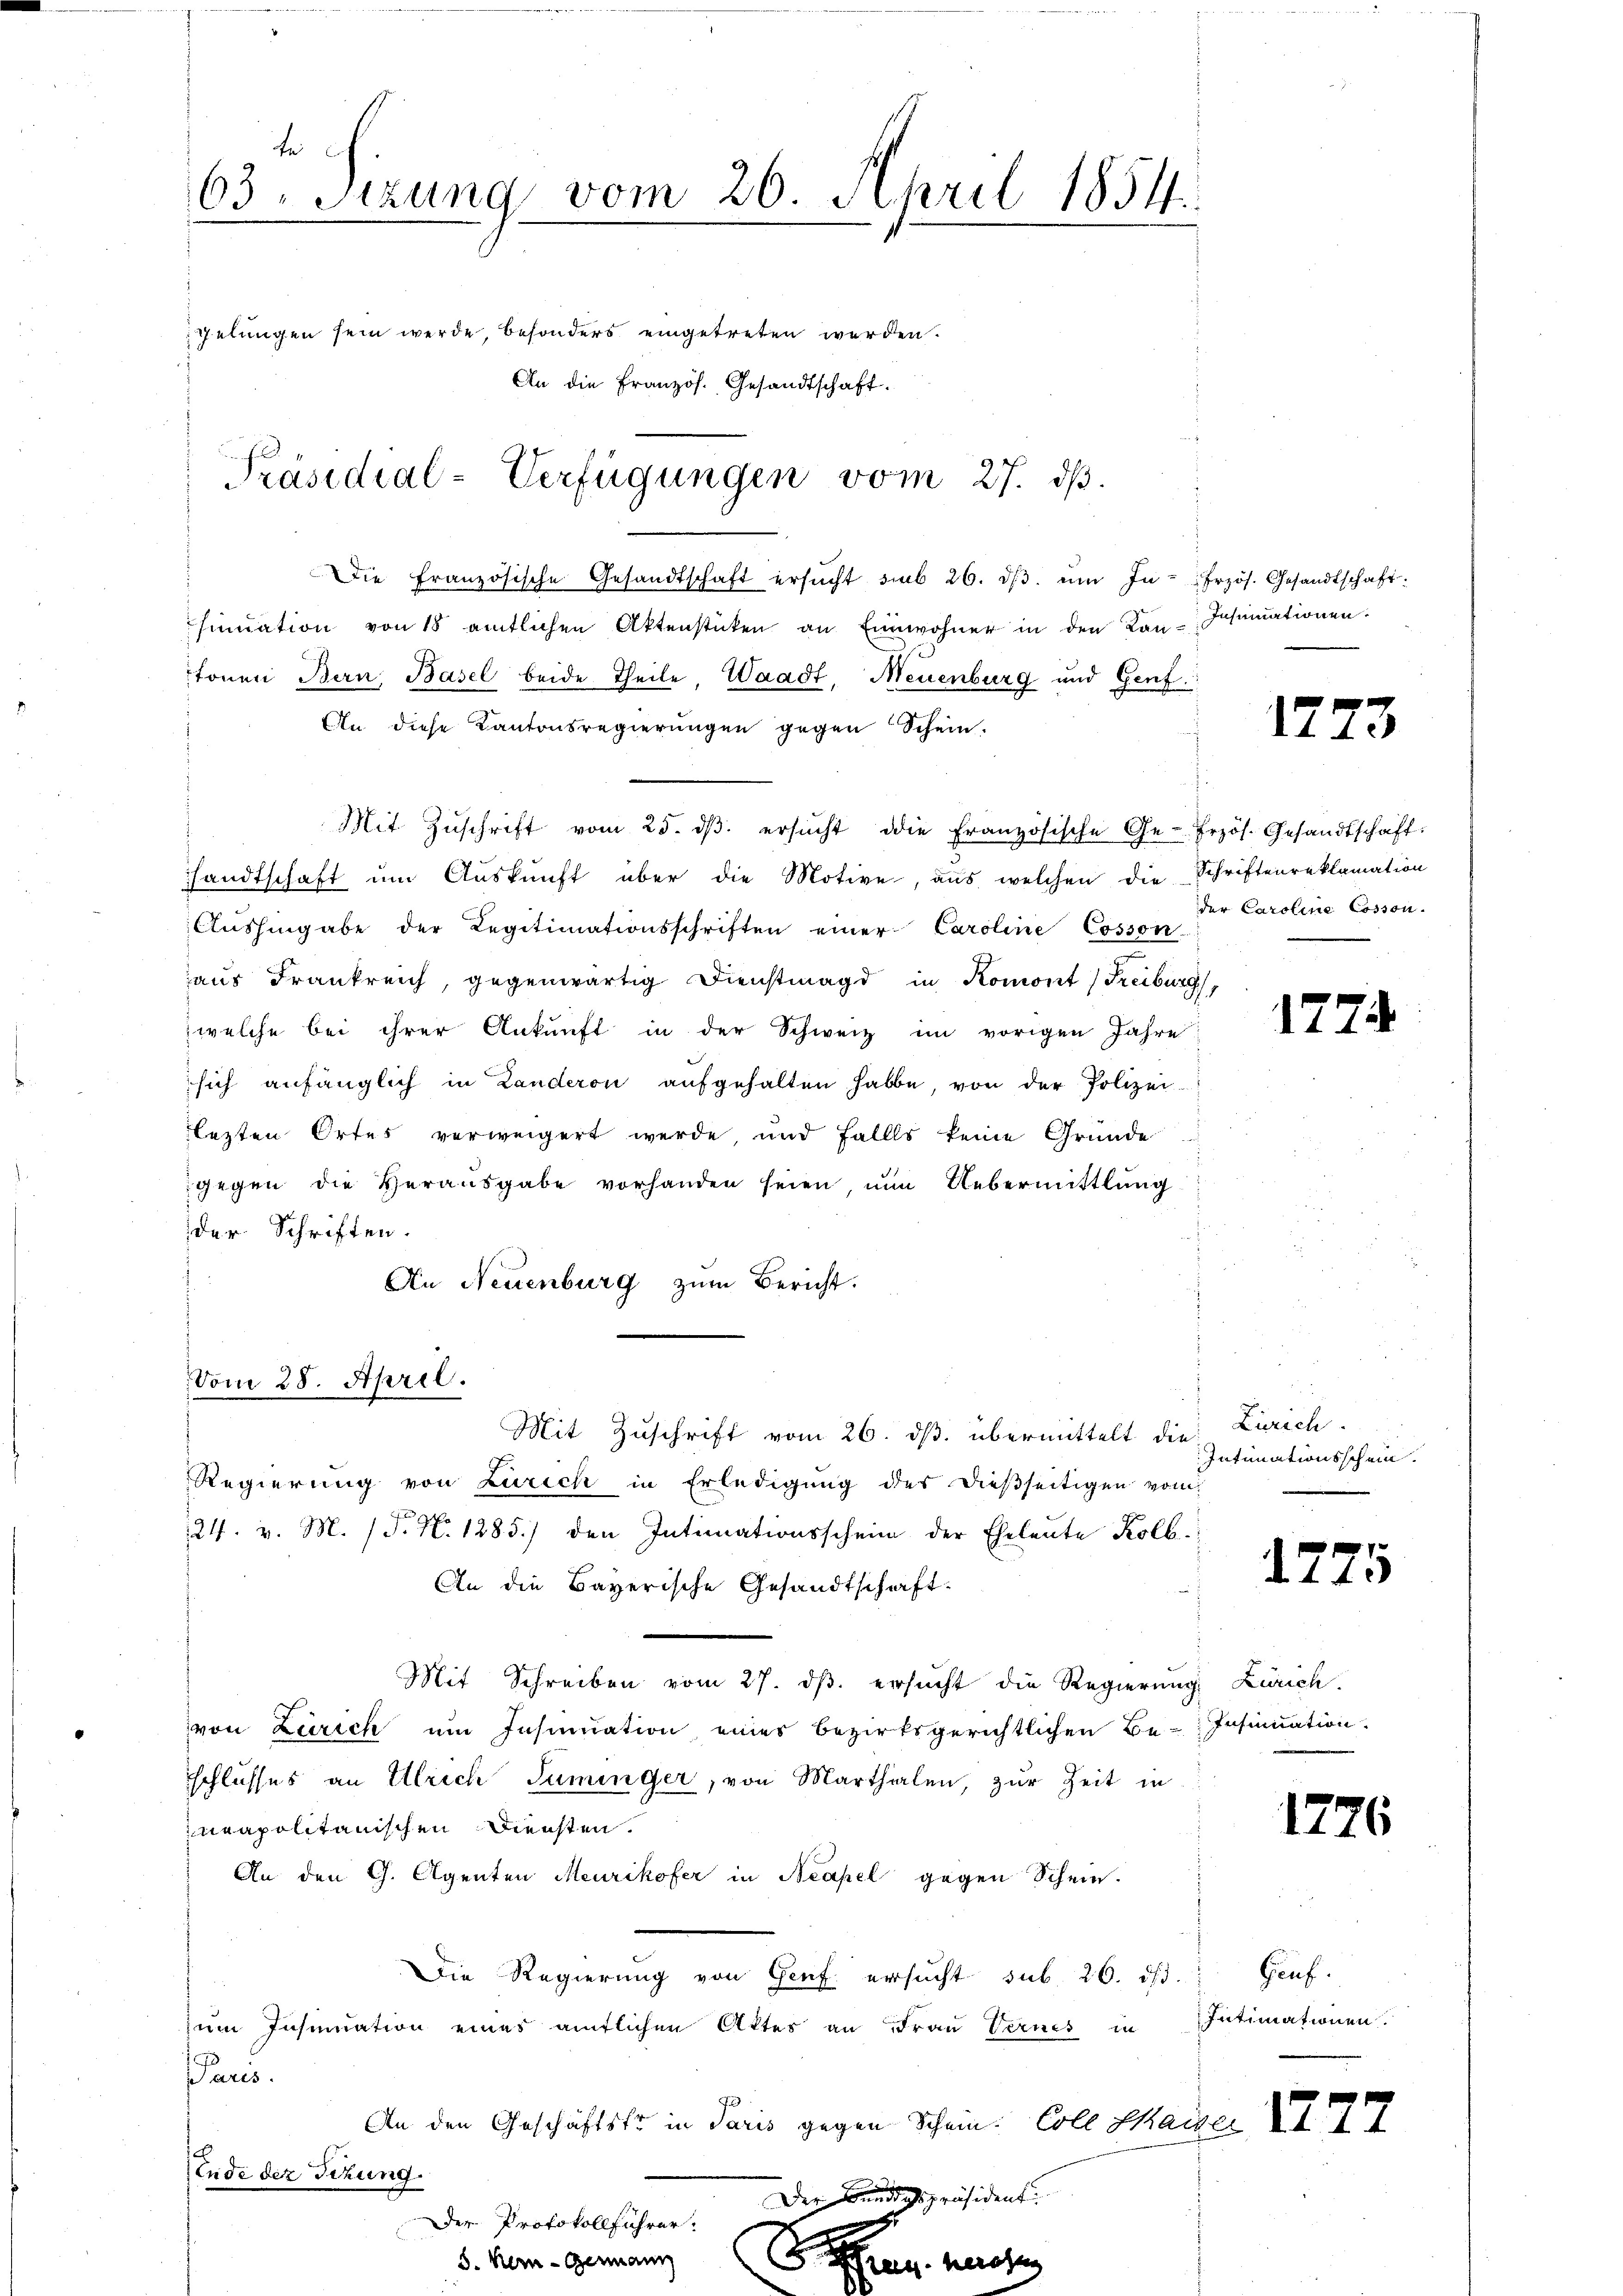
te
63. Sitzung vom 20. April 1854.
Telungen sein werde, besonders eingetreten werden.
An die Französ. Gesandtschaft.
B
Präsidial-Verfügungen vom 27. ds.

dDie Französische Gesandtschaft ersŭcht sub 26. dβ. ŭm In- frzös. Gesandtschaft:
sinuation von 18 amtlichen Aktenstücken an Einwohner in den Kan-Ichumationen.
tonen Bern, Basel beide Theile Waadt, Neuenburg und Genf.
An diese Kantonsregierungen gegen Schein.
Mit Zŭschrift vom 25. dβ. ersŭcht die französische Ge- Przös. Gesandtschaft-
andtschaft ŭm Aŭskŭnft über die Motive, aus welchen die Schriftenreklamation
Aŭshingabe der Regitimationsschriften einer Caroline Cosson
aus Frankreich, gegenwärtig Dienstmagd in Komont (Freiburg,
welche bei ihrer Ankunft in der Schweiz im vorigen Jahre
sich anfänglich in Landeren aŭfgehalten habe, von der Polizei-
lezten Ortes verweigert werde und falls keine Gründe
gegen die Herausgabe vorhanden seien, um Uebermittlung
der Schriften.
An Neuenburg zum Bericht.
Vom 28. April.
Mit Zuschrift vom 26. ds. übermittelt die
Regierung von Zürich in Erledigung des dießseitigen vom
24. v. M. (T. N. 1285) den Intimationsschein der Eheleute Kolb.
An die Bayerische Gesandtschaft.
Mit Schreiben vom 27. ds. ersucht die Regierung Zürich.
von Zürich um Insinuation eines bezirksgerichtlichen Be-Insinuation
schlusses an Ulrich Suminger, von Marthalen, zur Zeit in
neapolitanischen Diensten.
An den G. Agenten Meurikofer in Neapel gegen Schein.
Die Regierung von Genf ersucht sub. 26. ist.
zum Insinuation eines amtlichen Aktes an Frau Vernes in Intimationen
Paris.
An den Geschäftsts in Paris gegen Schein. Coll Kaiser III
Ende der Titung.
Der Bundespräsident.
Der Protokollführer
S. B. Germann verehe

1773

der Caroline Cosson.

1774

Zürich.
Intimationsschein.

1775

1776

Gauf.